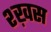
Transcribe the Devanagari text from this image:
श्ख़स